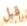
قبل